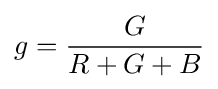
g={\frac {G}{R+G+B}}